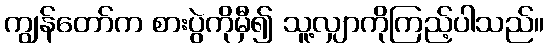
ကျွန်တော်က စားပွဲကိုမှီ၍ သူ့လျှာကိုကြည့်ပါသည်။